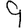
Digit: 9